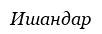
Ишандар